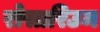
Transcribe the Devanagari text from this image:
रोसारिउम